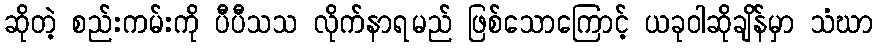
ဆိုတဲ့ စည်းကမ်းကို ပီပီသသ လိုက်နာရမည် ဖြစ်သောကြောင့် ယခုဝါဆိုချိန်မှာ သံဃာ